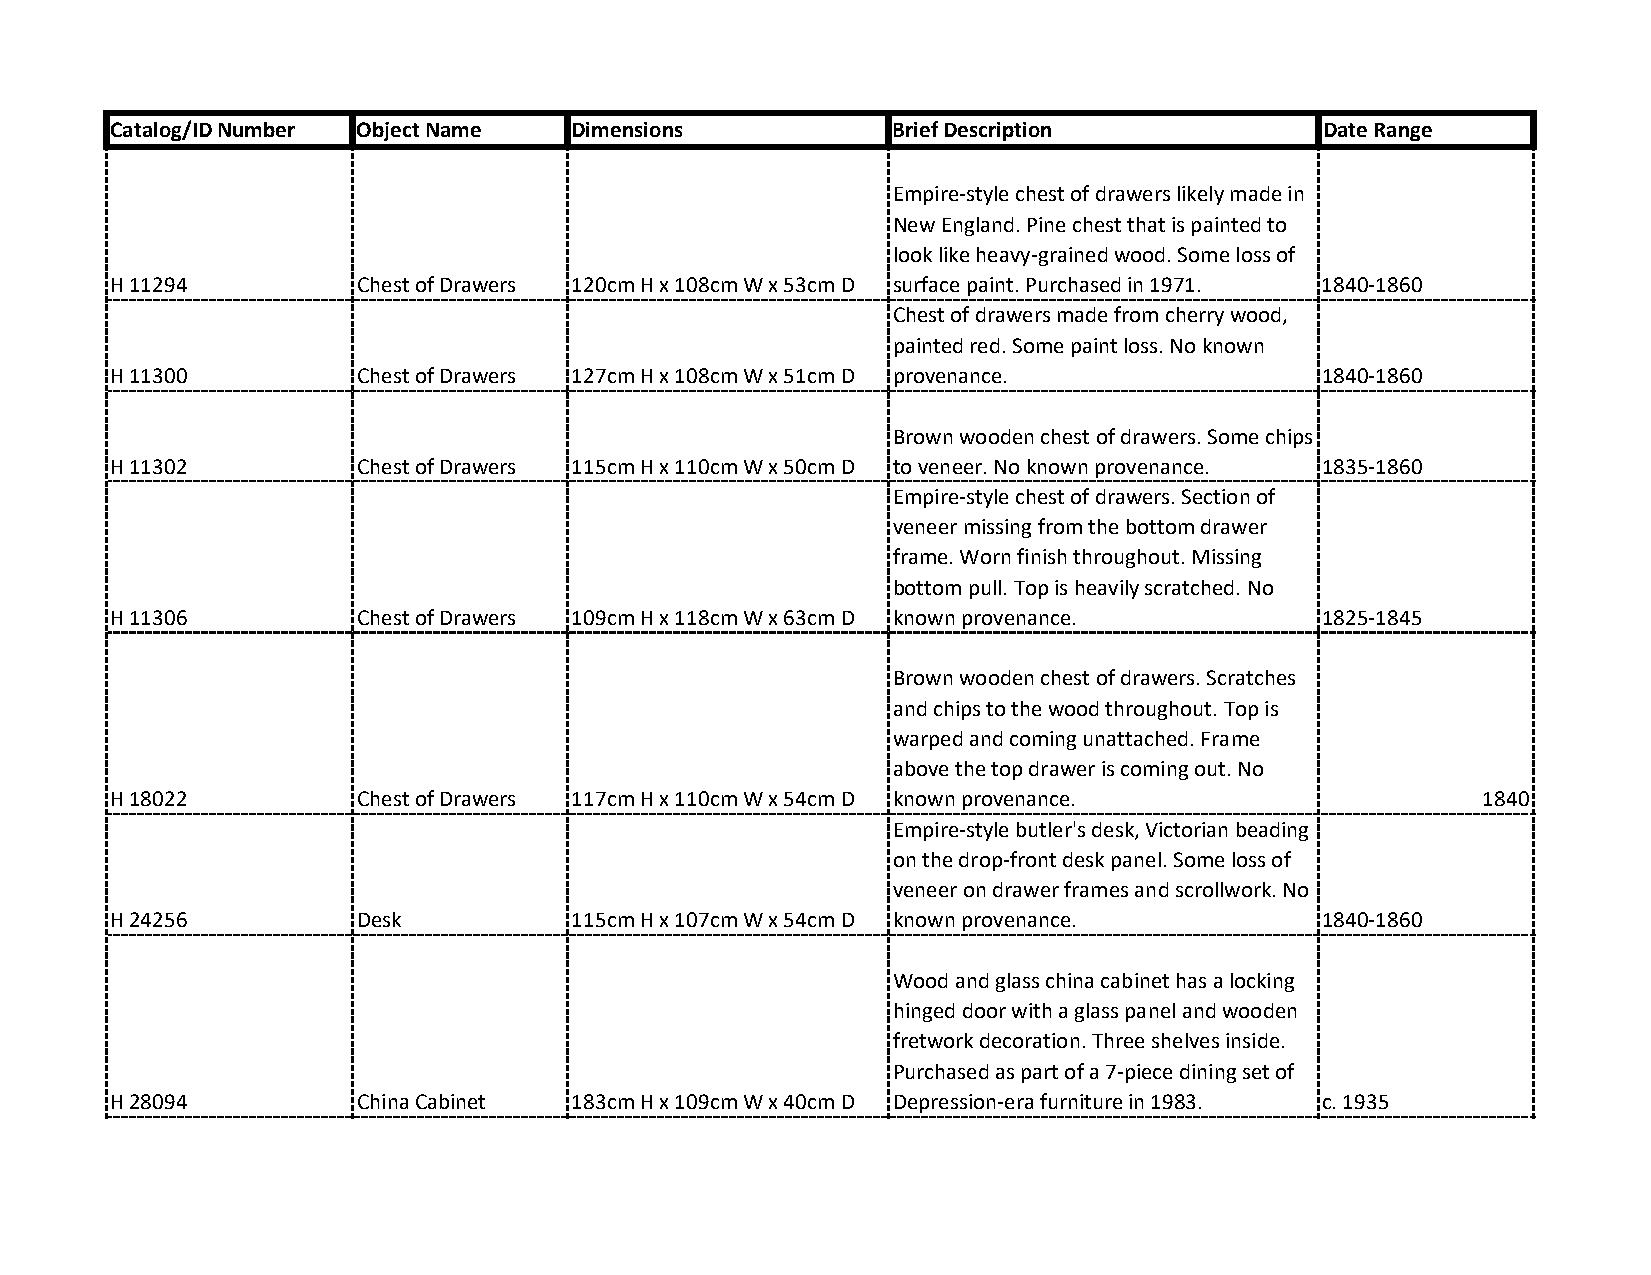
Catalog/ID Number Object Name  Dimensions           Brief Description            Date Range
 Empire‐style chest of drawers likely made in
 New England. Pine chest that is painted to
 look like heavy‐grained wood. Some loss of
 H 11294          Chest of Drawers 120cm H x 108cm W x 53cm D surface paint. Purchased in 1971. 1840‐1860
 Chest of drawers made from cherry wood,
 painted red. Some paint loss. No known
 H 11300          Chest of Drawers 127cm H x 108cm W x 51cm D provenance.         1840‐1860
 Brown wooden chest of drawers. Some chips
 H 11302          Chest of Drawers 115cm H x 110cm W x 50cm D to veneer. No known provenance. 1835‐1860
 Empire‐style chest of drawers. Section of
 veneer missing from the bottom drawer
 frame. Worn finish throughout. Missing
 bottom pull. Top is heavily scratched. No
 H 11306          Chest of Drawers 109cm H x 118cm W x 63cm D known provenance.   1825‐1845
 Brown wooden chest of drawers. Scratches
 and chips to the wood throughout. Top is
 warped and coming unattached. Frame
 above the top drawer is coming out. No
 H 18022          Chest of Drawers 117cm H x 110cm W x 54cm D known provenance.             1840
 Empire‐style butler's desk, Victorian beading
 on the drop‐front desk panel. Some loss of
 veneer on drawer frames and scrollwork. No
 H 24256          Desk          115cm H x 107cm W x 54cm D known provenance.      1840‐1860
 Wood and glass china cabinet has a locking
 hinged door with a glass panel and wooden
 fretwork decoration. Three shelves inside.
 Purchased as part of a 7‐piece dining set of
 H 28094          China Cabinet 183cm H x 109cm W x 40cm D Depression‐era furniture in 1983. c. 1935